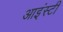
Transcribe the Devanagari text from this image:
आइंस्टी